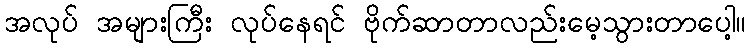
အလုပ် အများကြီး လုပ်နေရင် ဗိုက်ဆာတာလည်းမေ့သွားတာပေါ့။